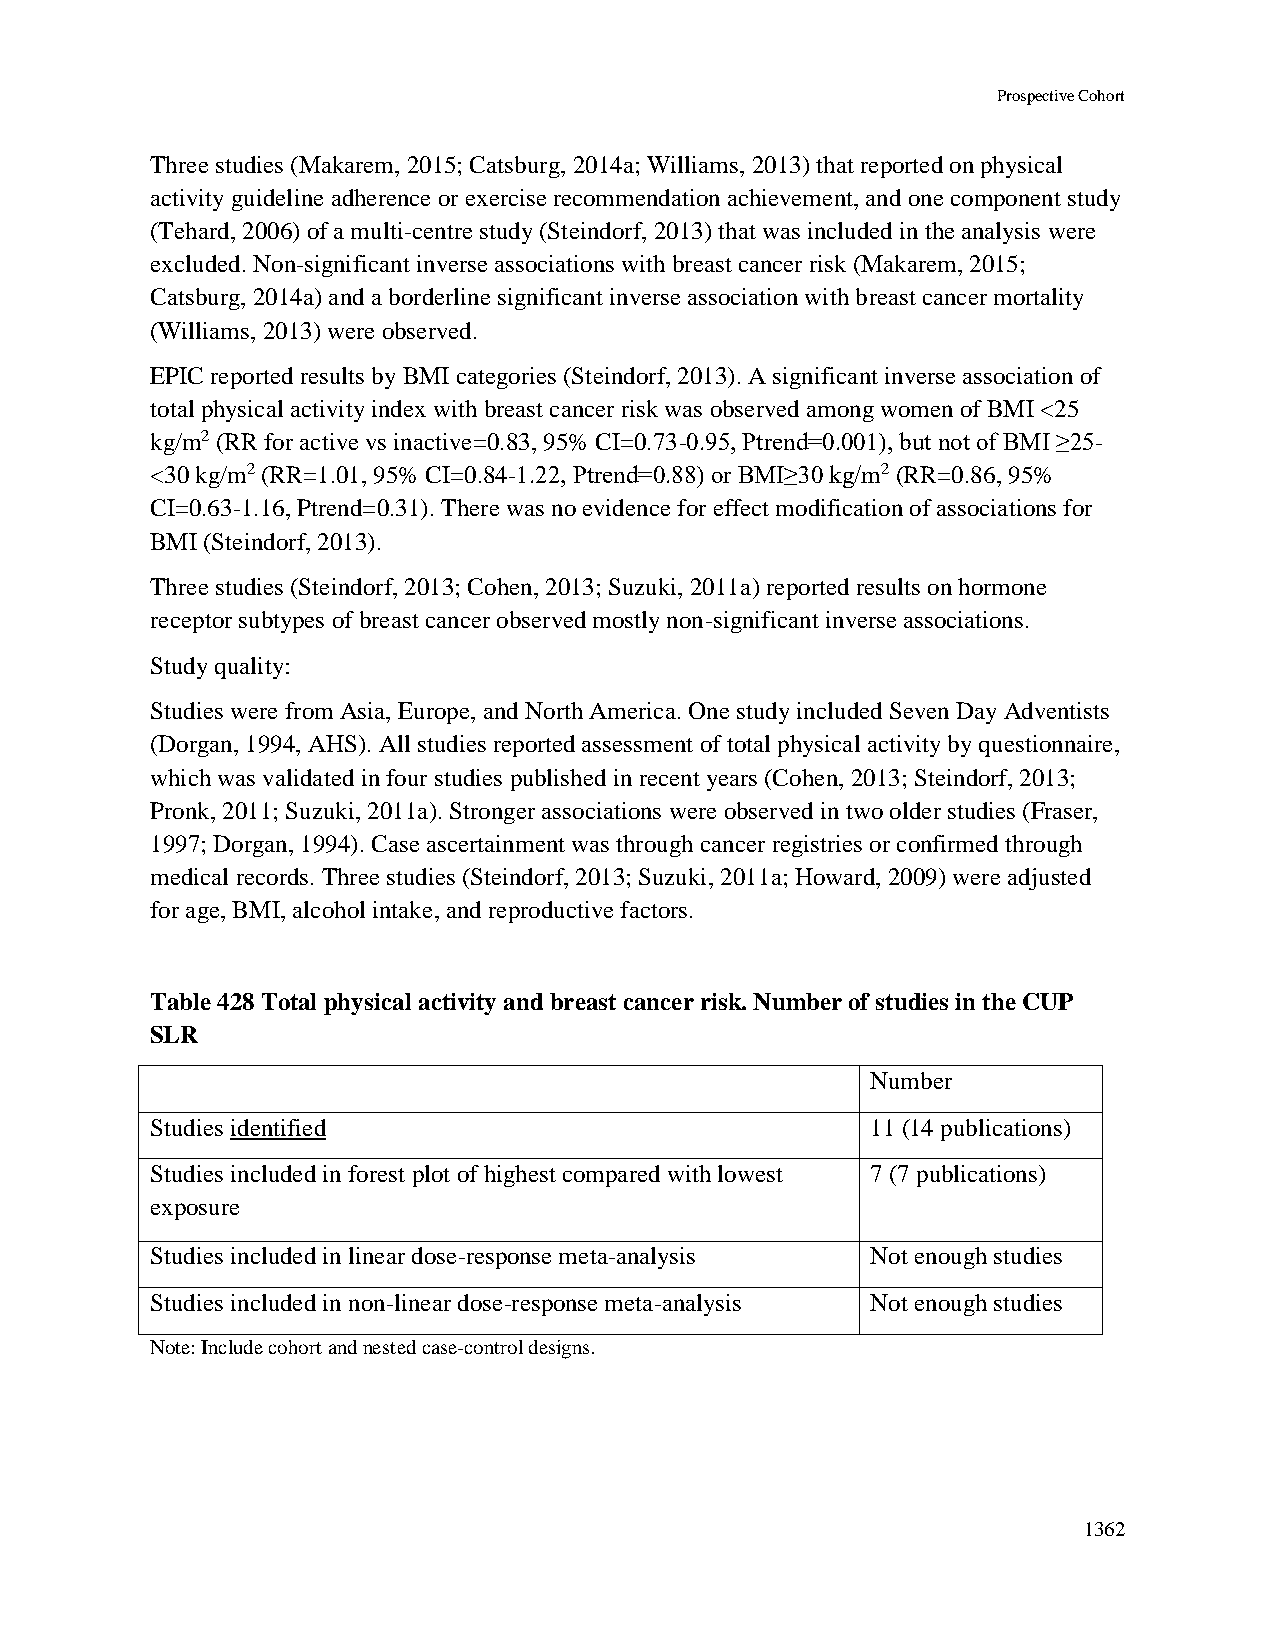
Prospective Cohort
 Three studies (Makarem, 2015; Catsburg, 2014a; Williams, 2013) that reported on physical
 activity guideline adherence or exercise recommendation achievement, and one component study
 (Tehard, 2006) of a multi-centre study (Steindorf, 2013) that was included in the analysis were
 excluded. Non-significant inverse associations with breast cancer risk (Makarem, 2015;
 Catsburg, 2014a) and a borderline significant inverse association with breast cancer mortality
 (Williams, 2013) were observed.
 EPIC reported results by BMI categories (Steindorf, 2013). A significant inverse association of
 total physical activity index with breast cancer risk was observed among women of BMI <25
 kg/m2 (RR for active vs inactive=0.83, 95% CI=0.73-0.95, Ptrend=0.001), but not of BMI ≥25-
 <30 kg/m2 (RR=1.01, 95% CI=0.84-1.22, Ptrend=0.88) or BMI≥30 kg/m2 (RR=0.86, 95%
 CI=0.63-1.16, Ptrend=0.31). There was no evidence for effect modification of associations for
 BMI (Steindorf, 2013).
 Three studies (Steindorf, 2013; Cohen, 2013; Suzuki, 2011a) reported results on hormone
 receptor subtypes of breast cancer observed mostly non-significant inverse associations.
 Study quality:
 Studies were from Asia, Europe, and North America. One study included Seven Day Adventists
 (Dorgan, 1994, AHS). All studies reported assessment of total physical activity by questionnaire,
 which was validated in four studies published in recent years (Cohen, 2013; Steindorf, 2013;
 Pronk, 2011; Suzuki, 2011a). Stronger associations were observed in two older studies (Fraser,
 1997; Dorgan, 1994). Case ascertainment was through cancer registries or confirmed through
 medical records. Three studies (Steindorf, 2013; Suzuki, 2011a; Howard, 2009) were adjusted
 for age, BMI, alcohol intake, and reproductive factors.
 Table 428 Total physical activity and breast cancer risk. Number of studies in the CUP
 SLR
 Number
 Studies identified                              11 (14 publications)
 Studies included in forest plot of highest compared with lowest 7 (7 publications)
 exposure
 Studies included in linear dose-response meta-analysis Not enough studies
 Studies included in non-linear dose-response meta-analysis Not enough studies
 Note: Include cohort and nested case-control designs.
 1362